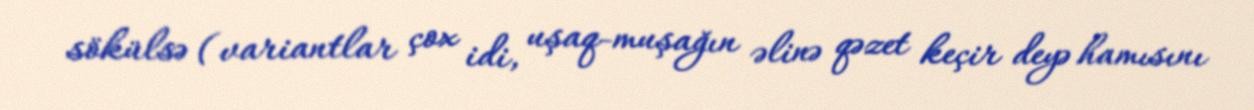
sökülsə (variantlar çox idi, uşaq-muşağın əlinə qəzet keçir deyə hamısını